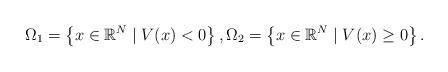
LaTeX: \begin{align*}\Omega_1 = \left\{ x \in \mathbb{R}^N \mid V(x)<0\right\}, \Omega_2 = \left\{ x \in \mathbb{R}^N \mid V(x)\geq 0\right\}.\end{align*}